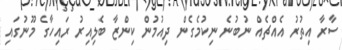
ސާރާ އިތުރު އެއްޗެއް ނުބުނެ ނިކުމެގެން ދިއުމުން ކިންޒާ ބެލިއިރު ރައިހާގެ މޫނުގައި